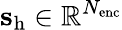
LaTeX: \mathbf{s}_{\mathrm{h}}\in\mathbb{R}^{N_{\mathrm{enc}}}